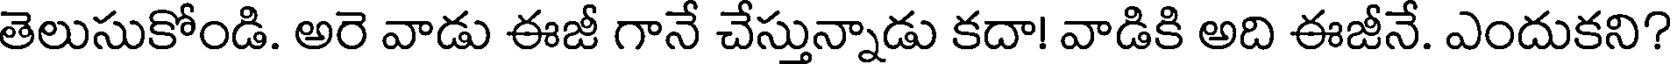
తెలుసుకోండి. అరె వాడు ఈజీ గానే చేస్తున్నాడు కదా! వాడికి అది ఈజీనే. ఎందుకని?